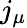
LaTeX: j_{\mu}